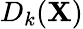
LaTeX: D_{k}({\mathbf X})